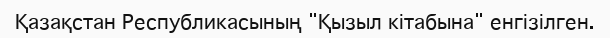
Қазақстан Республикасының "Қызыл кітабына" енгізілген.